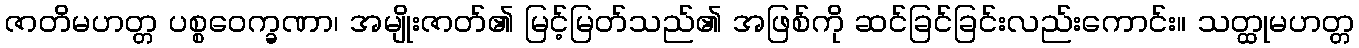
ဇာတိမဟတ္တ ပစ္စဝေက္ခဏာ၊ အမျိုးဇာတ်၏ မြင့်မြတ်သည်၏ အဖြစ်ကို ဆင်ခြင်ခြင်းလည်းကောင်း။ သတ္ထုမဟတ္တ